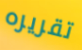
تقريره